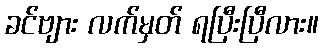
ခင်ဗျား လက်မှတ် ရပြီးပြီလား။